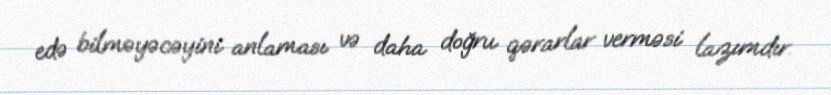
edə bilməyəcəyini anlaması və daha doğru qərarlar verməsi lazımdır.